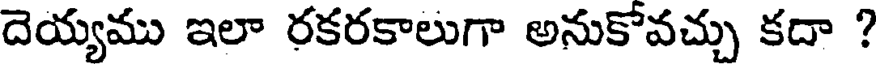
దెయ్యము ఇలా రకరకాలుగా అనుకోవచ్చు కదా ?